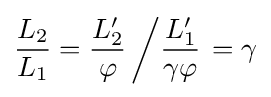
{\frac {L_{2}}{L_{1}}}={\frac {L'_{2}}{\varphi }}\left/{\frac {L'_{1}}{\gamma \varphi }}\right.=\gamma